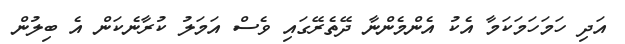
އަދި ހަމަހަމަކަމާ އެކު އެންމެންނާ ދޭތެރޭގައި ވެސް އަމަލު ކުރާނެކަން އެ ބިލުން